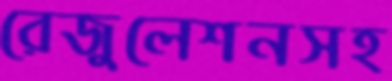
রেজুলেশনসহ